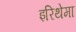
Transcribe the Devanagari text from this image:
इरिथेमा